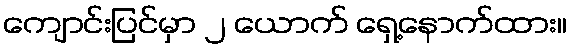
ကျောင်းပြင်မှာ ၂ ယောက် ရှေ့နောက်ထား။